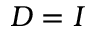
D = I